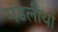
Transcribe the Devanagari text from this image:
मंडलीयों